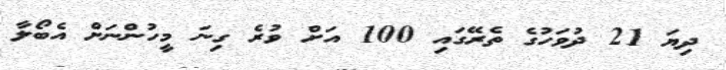
ދިޔަ 21 ދުވަހުގެ ތެރޭގައި 100 އަށް ވުރެ ގިނަ މީހުންނަށް އެބޯލާ